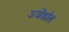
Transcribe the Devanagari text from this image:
उजेडांत